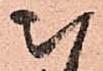
被